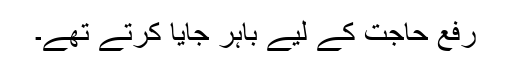
رفع حاجت کے لیے باہر جایا کرتے تھے۔